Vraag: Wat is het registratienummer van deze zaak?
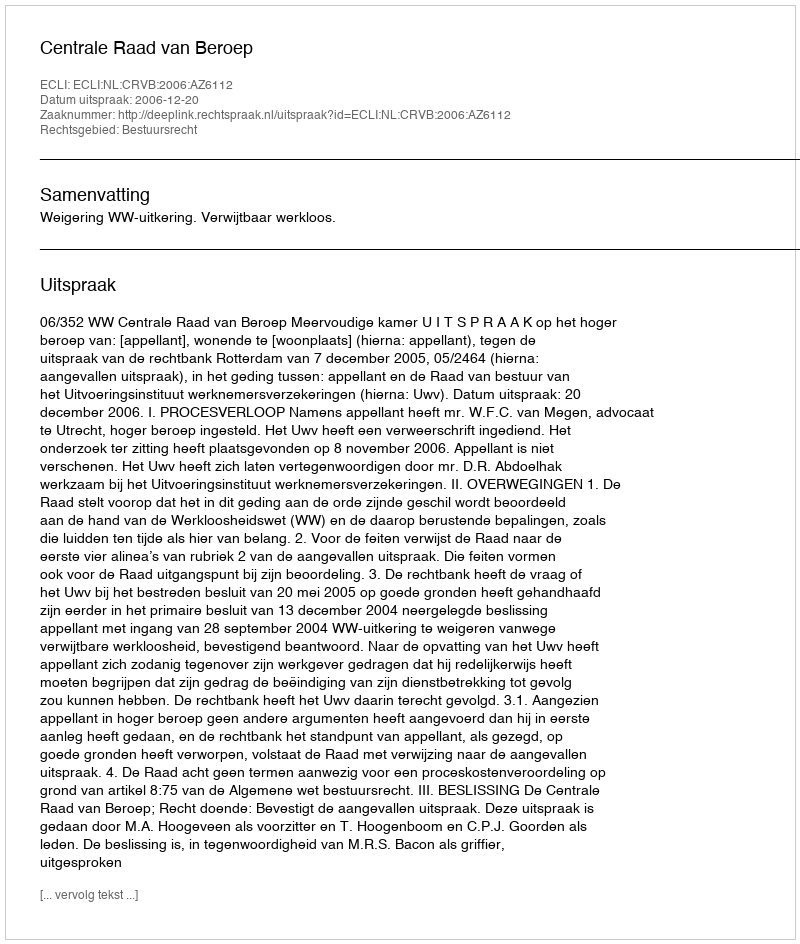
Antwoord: http://deeplink.rechtspraak.nl/uitspraak?id=ECLI:NL:CRVB:2006:AZ6112